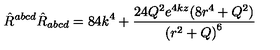
{ \hat { R } } ^ { a b c d } { \hat { R } } _ { a b c d } = 8 4 k ^ { 4 } + \frac { 2 4 Q ^ { 2 } e ^ { 4 k z } ( 8 r ^ { 4 } + Q ^ { 2 } ) } { { ( r ^ { 2 } + Q ) } ^ { 6 } }